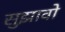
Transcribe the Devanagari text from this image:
सुझावो